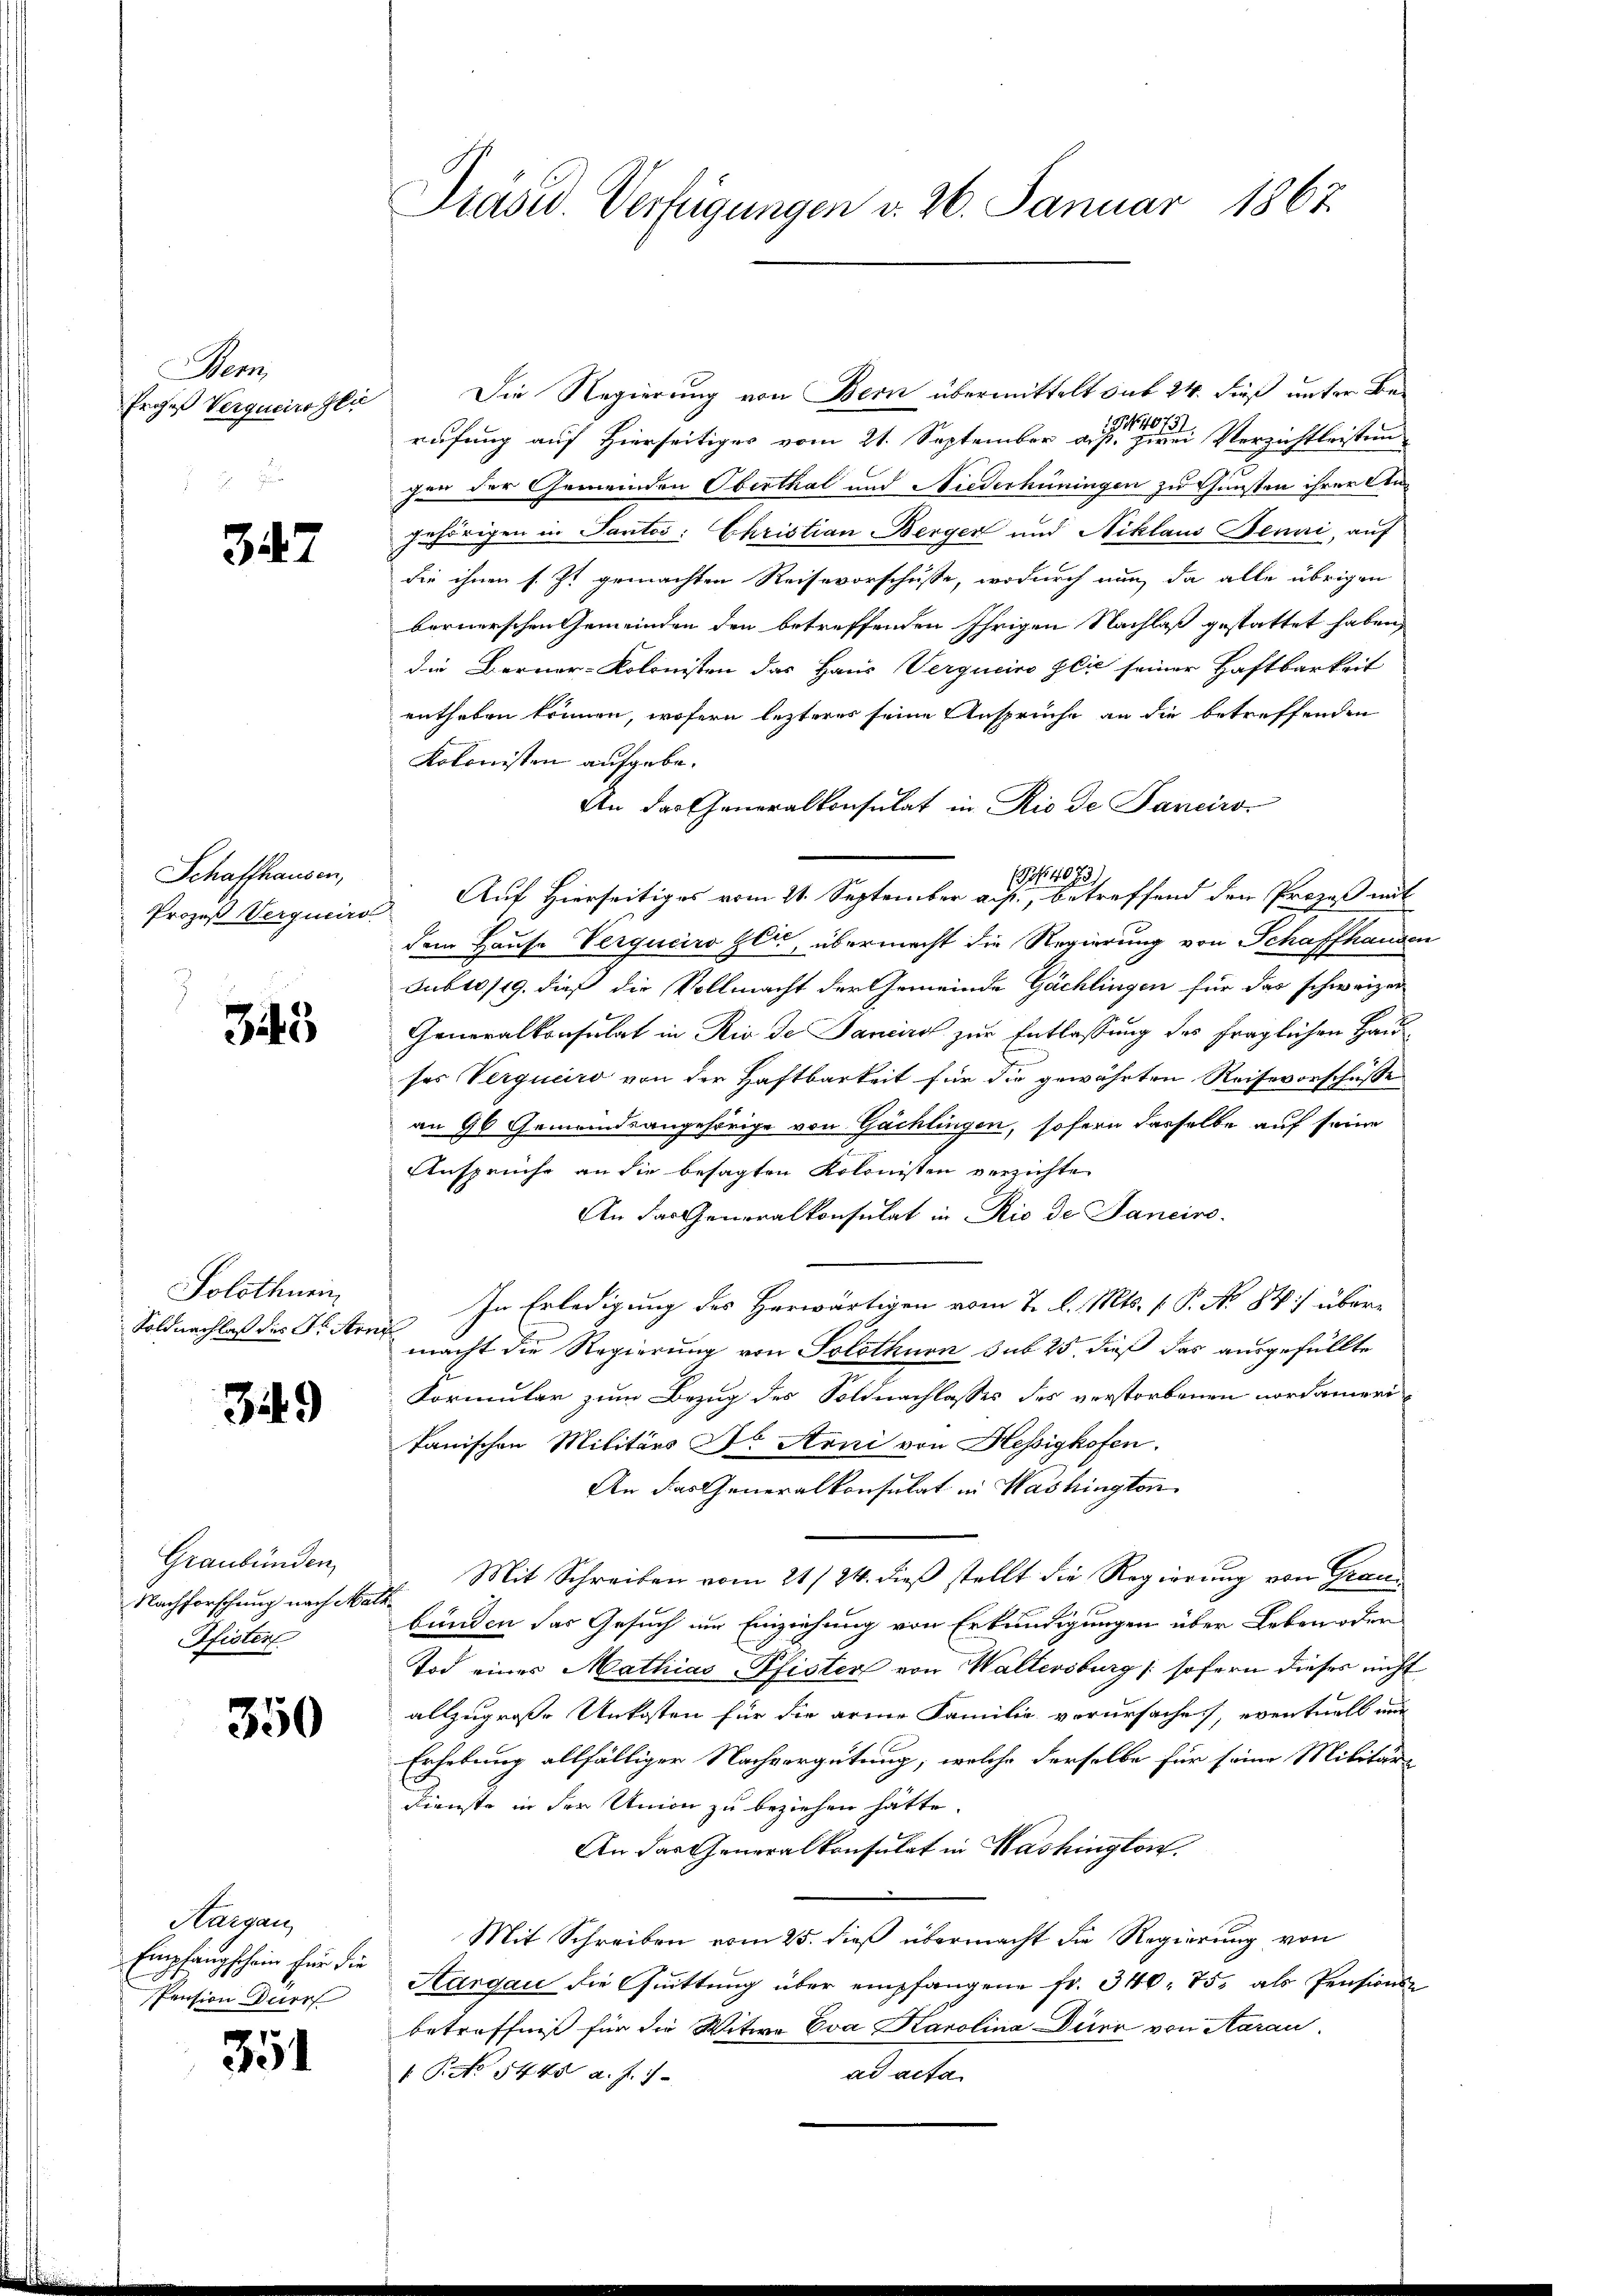
Nem
Prozeß Verqueiro Her

347

Schaffhausen,
Prozeß Verqueiro

33

Solothurn
Soldnachlaß des Dr. Arne

3449

Graubünden
Nachforschung nach Mar
Pfister

350

Huegan
Empfangschein für die
Pension durc

354

Präsid. Verfügungen d. 26. Januar 1867

Die Regierung von Bern übermittelt sub 24. dieß unter Berufung auf Hierseitiges vom 21. September auf eine Verzichtleisten
gen der Gemeinden Oberthal und Niederhüningen zu Gunsten ihrer An¬
Inhörigen in Santos: Christian Berger und Niklaus Jenni, auf
die ihnen s. Zt. gemachten Reisevorschüsse, wodurch nun, da alle übrigen
bernerschen Gemeinden den betreffenden Ihrigen Nachlaß gestattet haben,
die Berner-Kolonisten das Haus Vergucino glie seiner Haftbarkeit
entheben können, wofern lezteres seine Ansprüche an die betreffenden
Kolonisten aufgebe.
An das Generalkonsulat in Rio de Panciro
 675.
Auf Hierseitiges vom 21. September auf, betreffend den Prozeß mit
dem Hause Verqueiro sei, übermacht die Regierung von Schaffhausen
Sublo /19. dieß die Vollmacht der Gemeinde Gächlingen für das schweizer
Generalkonsulat in Rio de Sancis zur Entlassung des fraglichen Hausses Vergueiro von der Haftbarkeit für die gewährten Reisevorschüsse
an 96 Gemeindsangehörige von Gächlingen, sofern dasselbe auf seine
Anspruche an die besagten Kolonisten verzichte
An das Generalkonsulat in Rio de Janeiro
In Erledigung des Herwärtigen vom 7. d. Mts. 1. P. No 84) übermacht die Regierung von Solothurn sub 25, dieß das ausgefüllte
Formular zum Bezug des Soldnachlasses des verstorbenen nordamer
tanischen Militärs Dr Arni von Hessigkofen.
An das Generalkonsulat in Washington
Mit Schreiben vom 21./24. dieß stellt die Regierung von Graus
bunden das Gesuch im Einziehung von Erkundigungen über Leben oder
Tod eines Mathias Pfister von Waltersburg (sofern dieses nicht
allzugroße Unkosten für die arme Familie vorursache, eventuell mit
Erhebung allfälliger Nachvergütung, welche derselbe für seine Militär-
Dienste in der Union zu beziehen hätte
An das Generalkonsulat in Washington.
Mit Schreiben vom 25. dieß übermacht die Regierung von
Aargau die Quittung über empfangene Fr. 340. 75, als Pensions-
betröffnis für die Witwe Eva Karolina Dürr von Aarau
 Pct. 1448 a. f. 1. |
adasten